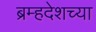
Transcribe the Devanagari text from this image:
ब्रम्हदेशच्या